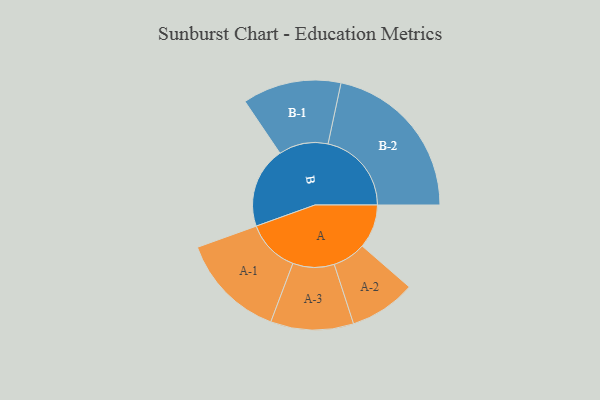
{"axis": {"x": "Segment", "y": "Value"}, "legend": ["", "A", "B"], "data": [{"x": "A", "y": 144, "type": ""}, {"x": "B", "y": 266, "type": ""}, {"x": "A-1", "y": 174, "type": "A"}, {"x": "A-2", "y": 109, "type": "A"}, {"x": "A-3", "y": 136, "type": "A"}, {"x": "B-1", "y": 162, "type": "B"}, {"x": "B-2", "y": 274, "type": "B"}]}